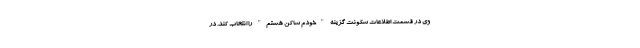
وی در قسمت اطلاعات سکونت گزینه "خودم ساکن هستم" را انتخاب کند. در